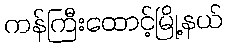
ကန်ကြီးထောင့်မြို့နယ်